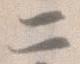
二